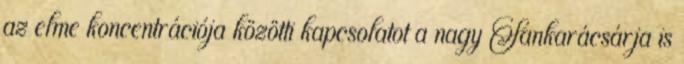
az elme koncentrációja közötti kapcsolatot a nagy Sankarácsárja is